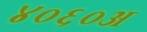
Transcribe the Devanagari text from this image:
४०६०अ